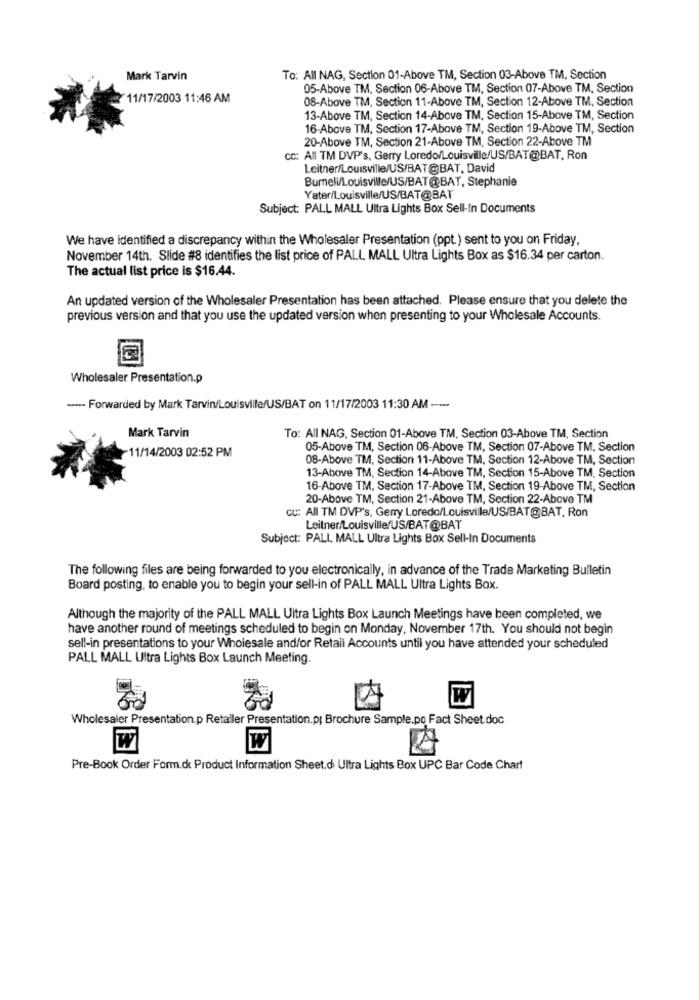
Mark Tarvin
To: All NAG, Section 01-Above TM, Section 03-Above TM, Section
05-Above TM, Section 06-Above TM, Section 07-Above TM, Section
11/17/2003 11:46 AM
08-Above TM, Section 11-Above TM, Section 12-Above TM, Section
13-Above TM, Section 14-Above TM, Section 15-Above TM, Section
16-Above TM, Section 17-Above TM, Section 19-Above TM, Section
20-Above TM, Section 21-Above TM, Section 22-Above TM
cc: All TM DVP's, Gerry Loredo/Louisville/US/BAT@BAT. Ron
Leitner/Louisville/US/BAT@BAT, David
Burneli/Louisville/US/BAT@BAT, Stephanie
Yater/Louisville/US/BAT@BAT
Subject: PALL MALL Ultra Lights Box Sell-in Documents
We have identified a discrepancy within the Wholesaler Presentation (ppt.) sent to you on Friday,
November 14th. Slide #8 identifies the list price of PALL MALL Ultra Lights Box as $16.34 per carton.
The actual list price is $16.44.
An updated version of the Wholesaler Presentation has been attached. Please ensure that you delete the
previous version and that you use the updated version when presenting to your Wholesale Accounts.
Wholesaler Presentation.p
..... Forwarded by Mark Tarvin/Louisville/US/BAT on 11/17/2003 11:30 AM ---
Mark Tarvin
To: All NAG, Section 01-Above TM, Section 03-Above TM, Section
11/14/2003 02:52 PM
05-Above TM, Section 06-Above TM, Section 07-Above TM. Section
08-Above TM, Section 11-Above TM, Section 12-Above TM, Section
13-Above TM, Section 14-Above TM, Section 15-Above TM, Section
16-Above TM, Section 17-Above TM, Section 19-Above TM, Section
20-Above TM, Section 21-Above TM, Section 22-Above TM
cu: All TM DVP's, Gerry Loredo/Louisville/US/BAT@BAT, Ron
Leitner/Louisville/US/BAT@BAT
Subject: PALL MALL Ultra Lights Box Sell-In Documents
The following files are being forwarded to you electronically, in advance of the Trade Marketing Bulletin
Board posting, to enable you to begin your sell-in of PALL MALL Ultra Lights Box.
Although the majority of the PALL MALL Ultra Lights Box Launch Meetings have been completed, we
have another round of meetings scheduled to begin on Monday, November 17th. You should not begin
sell-in presentations to your Wholesale and/or Retali Accounts until you have attended your scheduled
PALL MALL Ultra Lights Box Launch Meeting.
W
Wholesaler Presentation.p Retailer Presentation.pr Brochure Sample.po Fact Sheet.doc
W
W
Pre-Book Order Form.ck Product Information Sheet.di Ultra Lights Box UPC Bar Code Chart